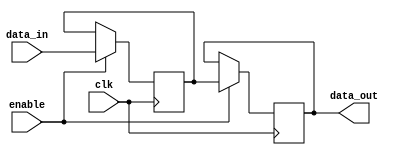
module memory_block (
    input wire clk,          // Clock signal
    input wire enable,       // Enable signal
    input wire [7:0] data_in, // Data input
    output reg [7:0] data_out // Data output
);
    // Memory array (8x8 bits for example)
    reg [7:0] memory_array [0:7];

    always @(posedge clk) begin
        if (enable) begin
            // Perform memory operations when enabled
            // Example: Write data to memory
            memory_array[0] <= data_in; // Simple write operation
            data_out <= memory_array[0]; // Simple read operation
        end
    end
endmodule